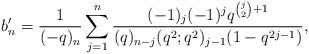
LaTeX: \begin{align*} b'_n = \frac{1}{(-q)_n}\sum_{j=1}^n \frac{(-1)_j(-1)^jq^{\binom{j}{2}+1}}{(q)_{n-j}(q^2;q^2)_{j-1}(1-q^{2j-1})},\end{align*}